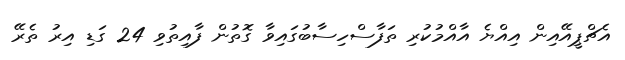
އެޗްޕީއޭއިން އިއްޔެ އާއްމުކުރި ތަފާސްހިސާބުގައިވާ ގޮތުން ފާއިތުވި 24 ގަޑި އިރު ތެރޭ